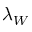
\lambda _ { W }